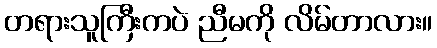
တရားသူကြီးကပဲ ညီမကို လိမ်တာလား။